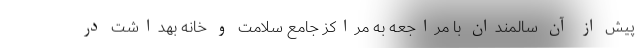
پیش از آن سالمندان با مراجعه به مراکز جامع سلامت و خانه بهداشت در